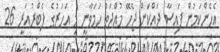
އެހެންކަމުން ފައިސާ ދައްކަން ޖެހޭ މުއްދަތު ހަމަވާނީ މި އަހަރުގެ ފެބްރުއަރީ 26